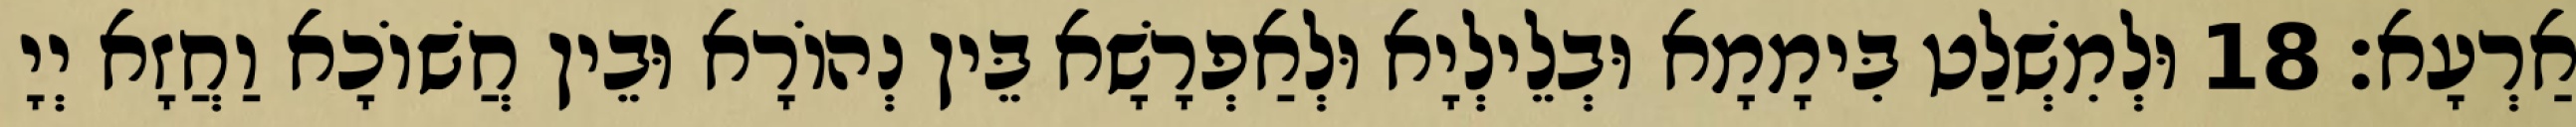
אַרְעָא׃ 18 וּלְמִשְׁלַט בִּימָמָא וּבְלֵילְיָא וּלְאַפְרָשָׁא בֵּין נְהוֹרָא וּבֵין חֲשׁוֹכָא וַחֲזָא יְיָ